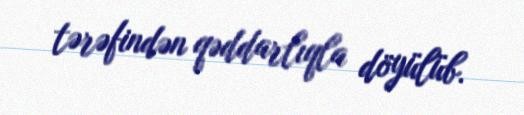
tərəfindən qəddarlıqla döyülüb.